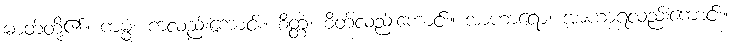
ဓာတ်တို့၏။ ကမ္မံ၊ ကံလည်းကောင်း။ စိတ္တံ၊ စိတ်လည်းကောင်း။ အာဟာရော၊ အာဟာရလည်းကောင်း။